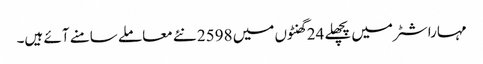
مہاراشٹر میں پچھلے 24 گھنٹوں میں 2598 نئے معاملے سامنے آئے ہیں۔